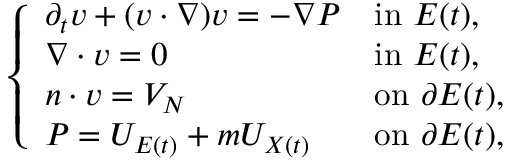
\begin{array} { r } { \left\{ \begin{array} { l l } { \partial _ { t } v + ( v \cdot \nabla ) v = - \nabla P } & { \mathrm { i n ~ } E ( t ) , } \\ { \nabla \cdot v = 0 } & { \mathrm { i n ~ } E ( t ) , } \\ { n \cdot v = V _ { N } } & { \mathrm { o n ~ } \partial E ( t ) , } \\ { P = U _ { E ( t ) } + m U _ { X ( t ) } } & { \mathrm { o n ~ } \partial E ( t ) , } \end{array} \right. } \end{array}